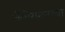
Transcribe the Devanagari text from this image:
कॅमेरामनच्या